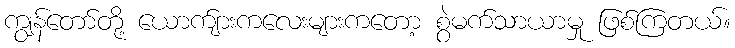
ကျွန်တော်တို့ ယောက်ျားကလေးများကတော့ စွဲမက်သာယာမှု ဖြစ်ကြတယ်။